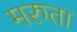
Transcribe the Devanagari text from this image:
मरुता